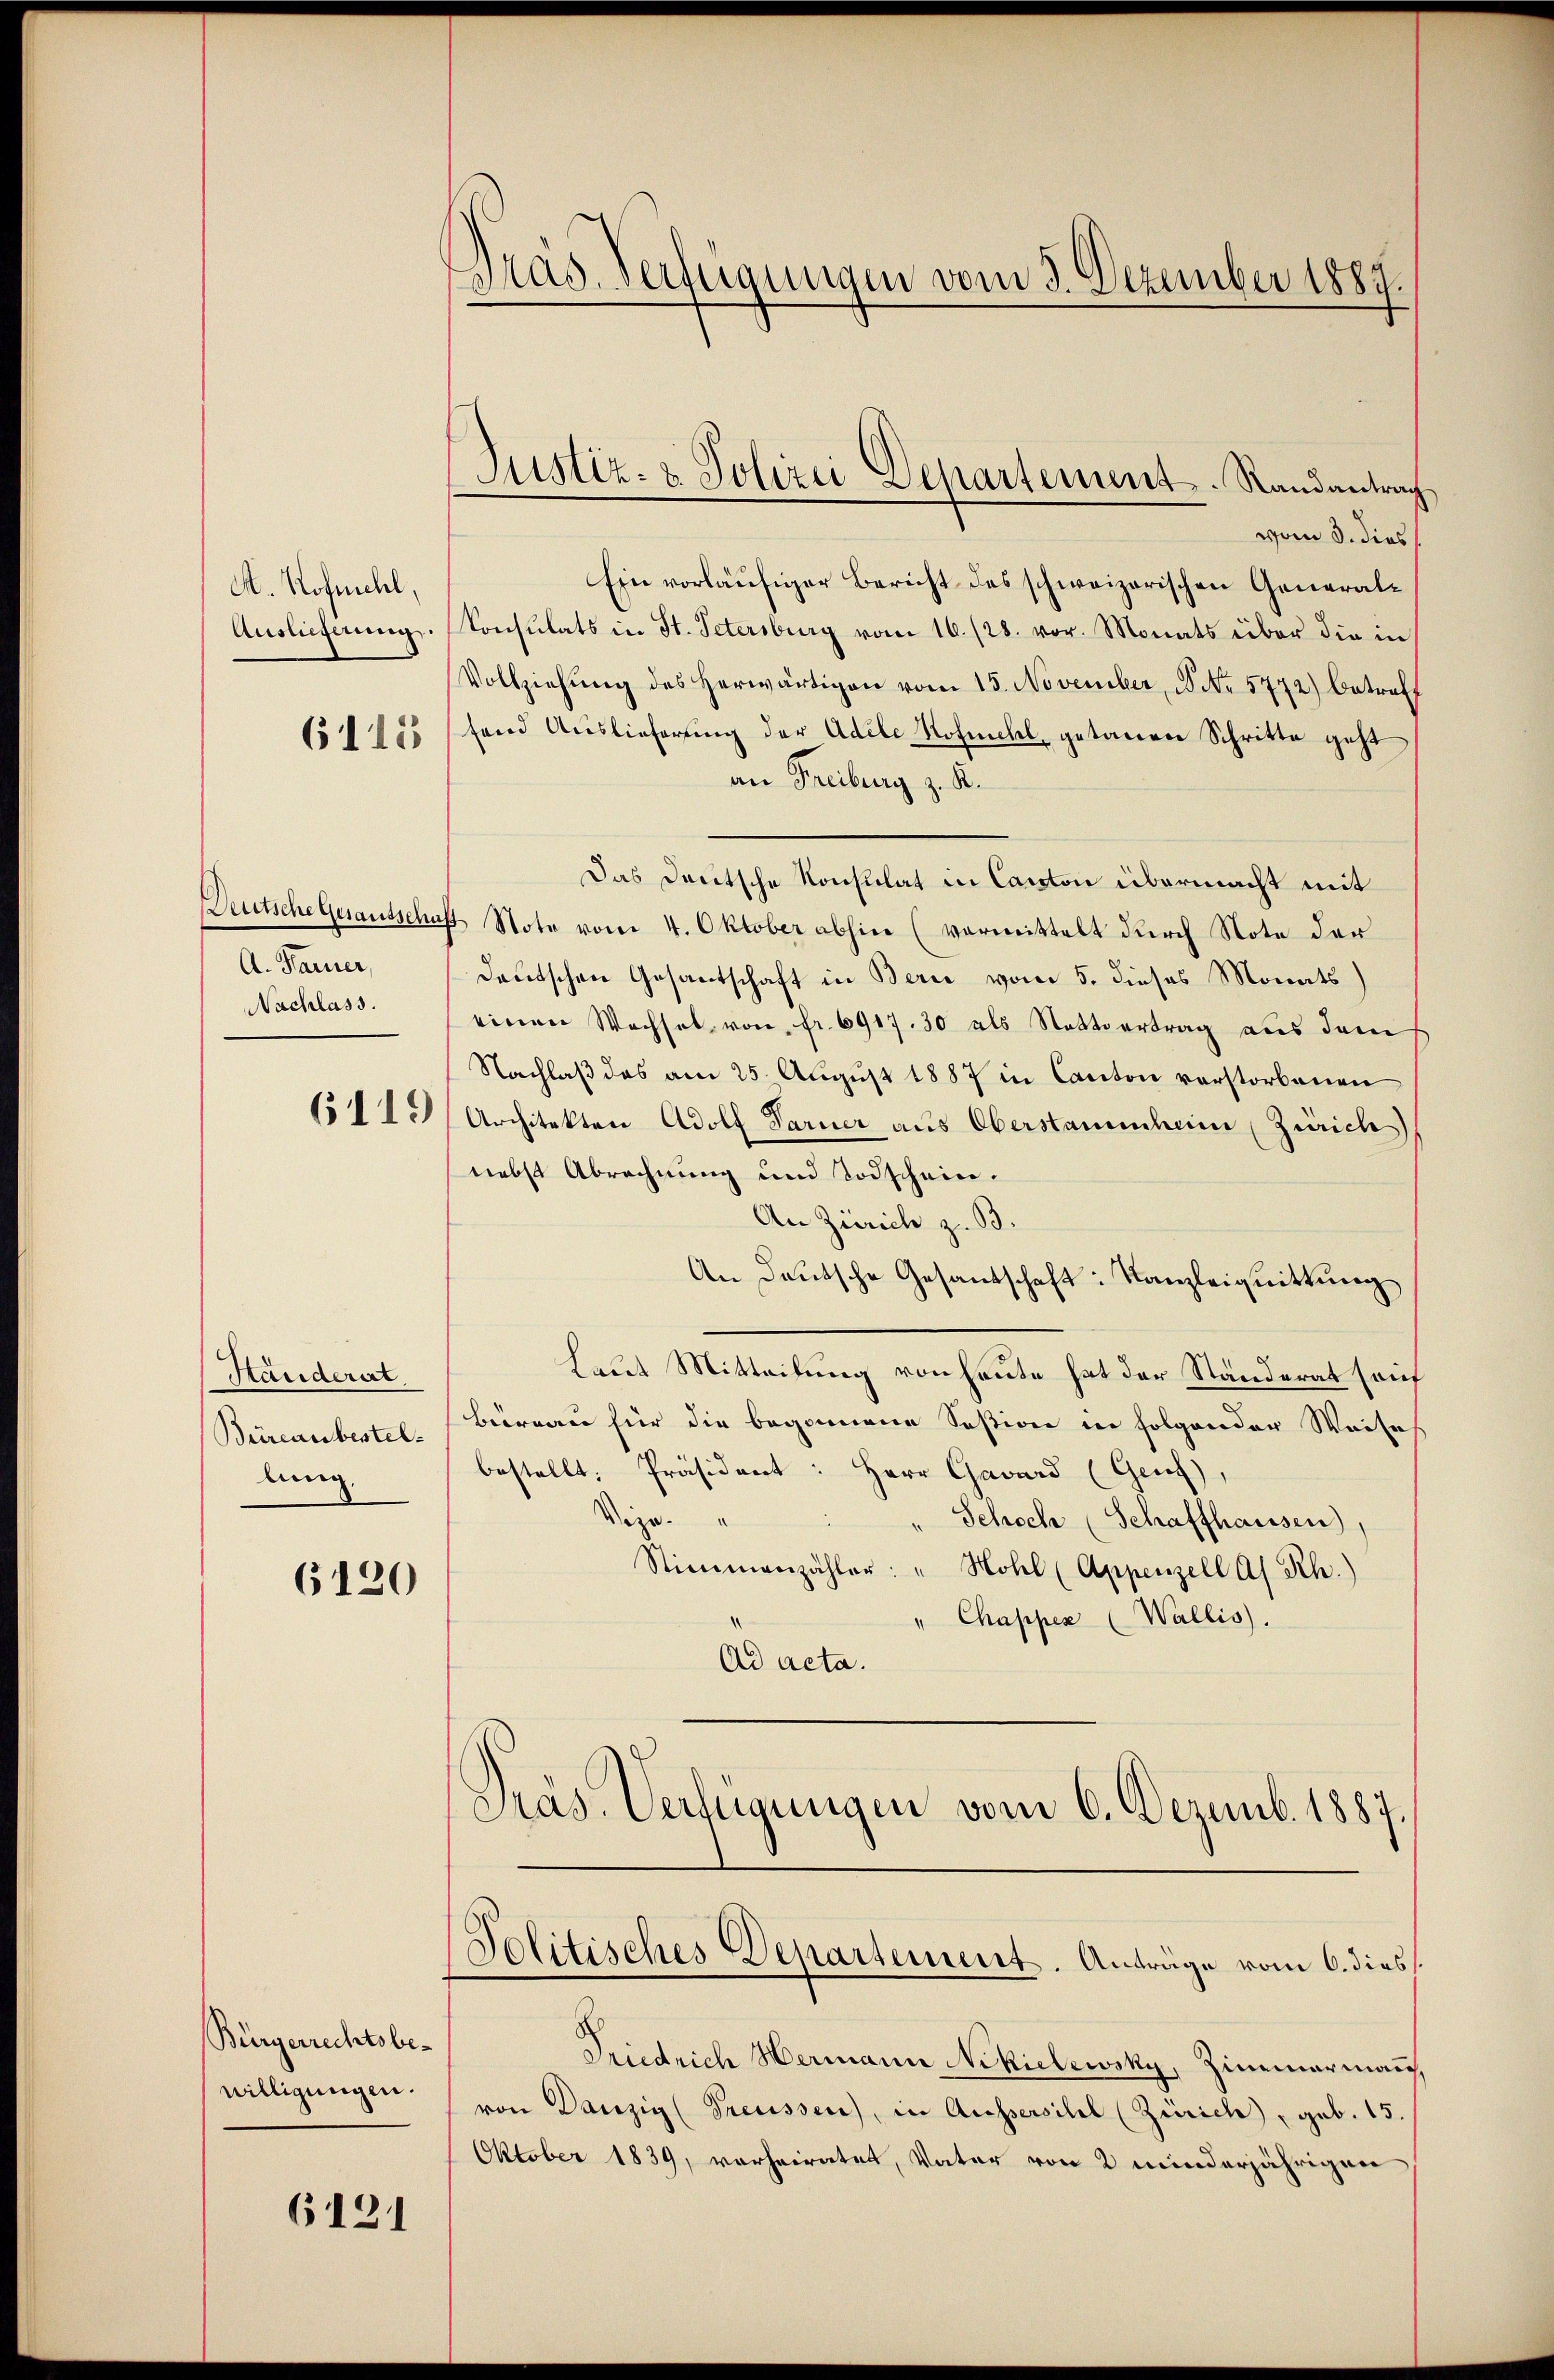
A Hofmehl,
Auslieferung.

6115

Deutsche Gesandscha
A. Paruer,
Nachlass.

6119

Ständerat
Büreau bestellung.

6120

Bürgerrechtsbe-
willigungen.

6121

Präs. Verfügungen vom 3. Dezember 1887.

Justiz- & Polizei Departement. Randantrag

vom 3. dies
Ein vorläufiger Bericht des schweizerischen Generalkonsulats in St. Petersburg vom 16. 128. vor. Monats über die in
Vollziehŭng des herwärtigen vom 15. November, B No. 5772) betreff
fend Auslieferung der Adele Hofmehl, getanen Schritte geht
an Freiburg z. K.
Das Deutsche Konsulat in Canton übermacht mit
f Note vom 4. Oktober abhin (vormittelt durch Note der
deutschen Gesantschaft in Berić vom 5. dieses Monats)
einen Wechsel von fr. 6917. 30 als Nettsertrag aus dem
Nachlaß das am 25. August 1887 in Canton verstorbenen
Architekten Adolf Tarner aus Oberstammheim (Zürich
nebst Abrechnung und Todschein.
An Zürich z. B.
An Deutsche Gesantschaft: Kanzleiquittung
Laut Mitteilung von heute hat der Ständerat souf
Büreau für die begonnene Session in folgender Weises
bestellt. Präsident: Herr Gavard (Genf)
Vege
Schoch (Schaffhausen),
Stimmenzähler: " Hohl (Appenzell As. Rh.)
" Chappen (Wallis).
Ad acta.
Präs. Verfügungen vom 6. Dezemb. 1887
Solitisches Departement. Anträge vom 6. dies
Friedrich Hermann Nikielewsky, Zimmermann,
von Danzig (Preusser, in Aussersihl (Zürich, geb. 15.
Oktober 1839, vorheiratet, Vater von 2 minderjährigen